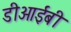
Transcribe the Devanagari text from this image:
डीआईबी